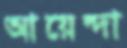
আয়েন্দা